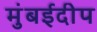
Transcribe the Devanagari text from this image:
मुंबईदीप